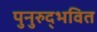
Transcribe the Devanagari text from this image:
पुनुरुद्भवित